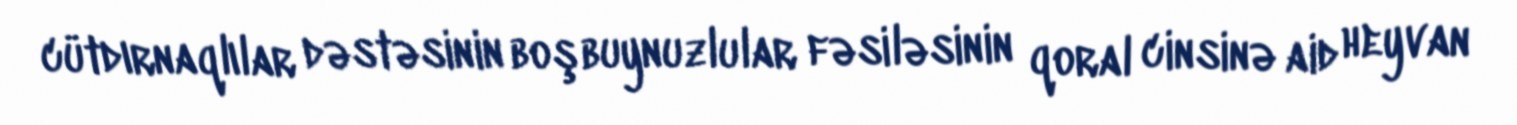
cütdırnaqlılar dəstəsinin boşbuynuzlular fəsiləsinin qoral cinsinə aid heyvan